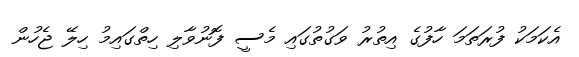
އެކަމަކު ފުރަތަމަ ހާފުގެ އިތުރު ވަގުތުގައި މެސީ ފޮނުވާލި ހިތްގައިމު ހިލޭ ޖެހުން